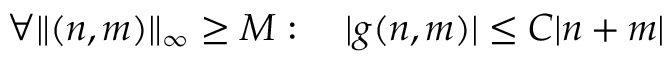
\forall \| ( n , m ) \| _ { \infty } \geq M : \quad | g ( n , m ) | \leq C | n + m |